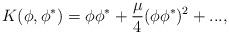
LaTeX: \begin{align*}K(\phi,\phi^*)= \phi\phi^*+\frac{\mu}{4}(\phi\phi^*)^2+...,\end{align*}